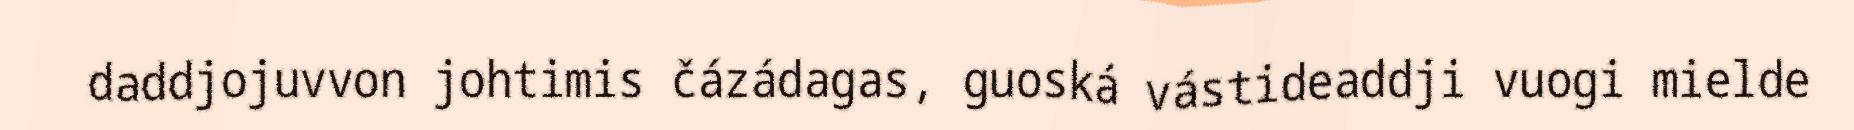
daddjojuvvon johtimis čázádagas, guoská vástideaddji vuogi mielde